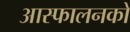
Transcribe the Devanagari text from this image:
आस्फालनको